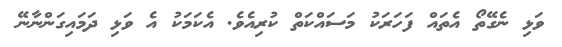
ވަޅި ނެގޭތޯ އެތައް ފަހަރަކު މަސައްކަތް ކުރިއެވެ. އެކަމަކު އެ ވަޅި ދަމައިގަންނާނޭ